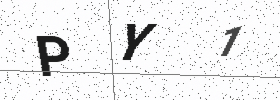
Text: PY1